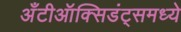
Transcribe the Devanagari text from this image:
अँटीऑक्सिडंट्समध्ये